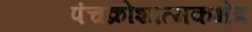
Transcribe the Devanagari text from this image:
पंचक्रोशात्मकक्षेत्र